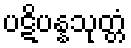
ပဋိပန္နသုတ္တံ